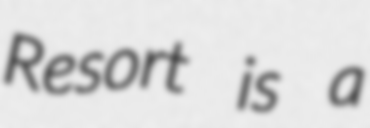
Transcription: Resort is a